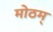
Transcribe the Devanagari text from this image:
मोठम्‌